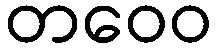
တဝေဝ